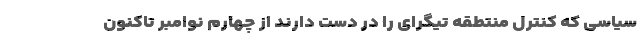
سیاسی که کنترل منتطقه تیگرای را در دست دارند از چهارم نوامبر تاکنون